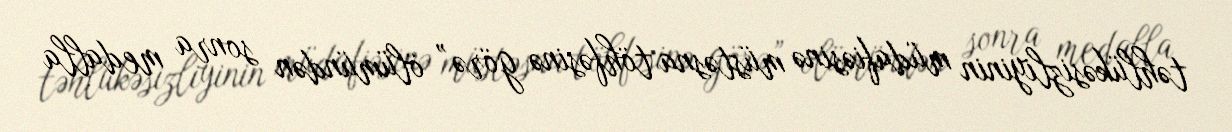
təhlükəsizliyinin müdafiəsinə müstəsna töhfəsinə görə” ölümündən sonra medalla